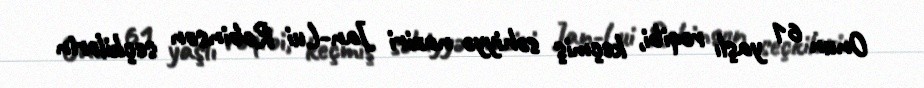
Onun 61 yaşlı rəqibi, keçmiş səhiyyə naziri Jan-Lui Robinson seçkilərin